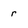
Character: r